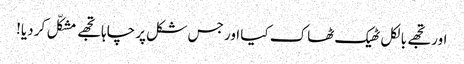
اور تجھے بالکل ٹھیک ٹھاک کیا اور جس شکل پر چاہا تجھے مشکّل کر دیا!